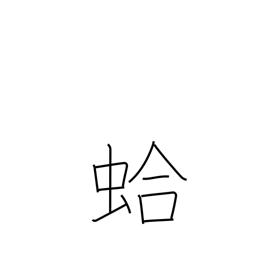
Meaning: clam